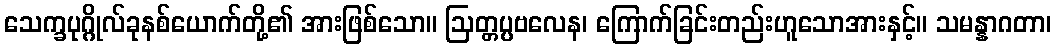
သေက္ခပုဂ္ဂိုလ်ခုနစ်ယောက်တို့၏ အားဖြစ်သော။ ဩတ္တပ္ပဗလေန၊ ကြောက်ခြင်းတည်းဟူသောအားနှင့်။ သမန္နာဂတာ၊